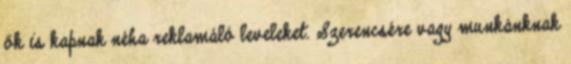
ők is kapnak néha reklamáló leveleket. Szerencsére vagy munkánknak